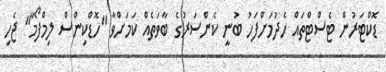
ޑޮކްޓަރުން ޓެސްޓްތައް ހެދުމަށްފަހު ބުނީ ކެންސަރުގެ ބާވަތެއް ކަމަށްވާ "ހޮޑްކިންސް ލިމްފޯމާ" ޖެހި